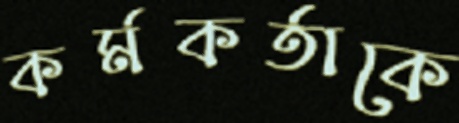
কর্মকর্তাকে